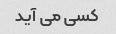
کسی می آید